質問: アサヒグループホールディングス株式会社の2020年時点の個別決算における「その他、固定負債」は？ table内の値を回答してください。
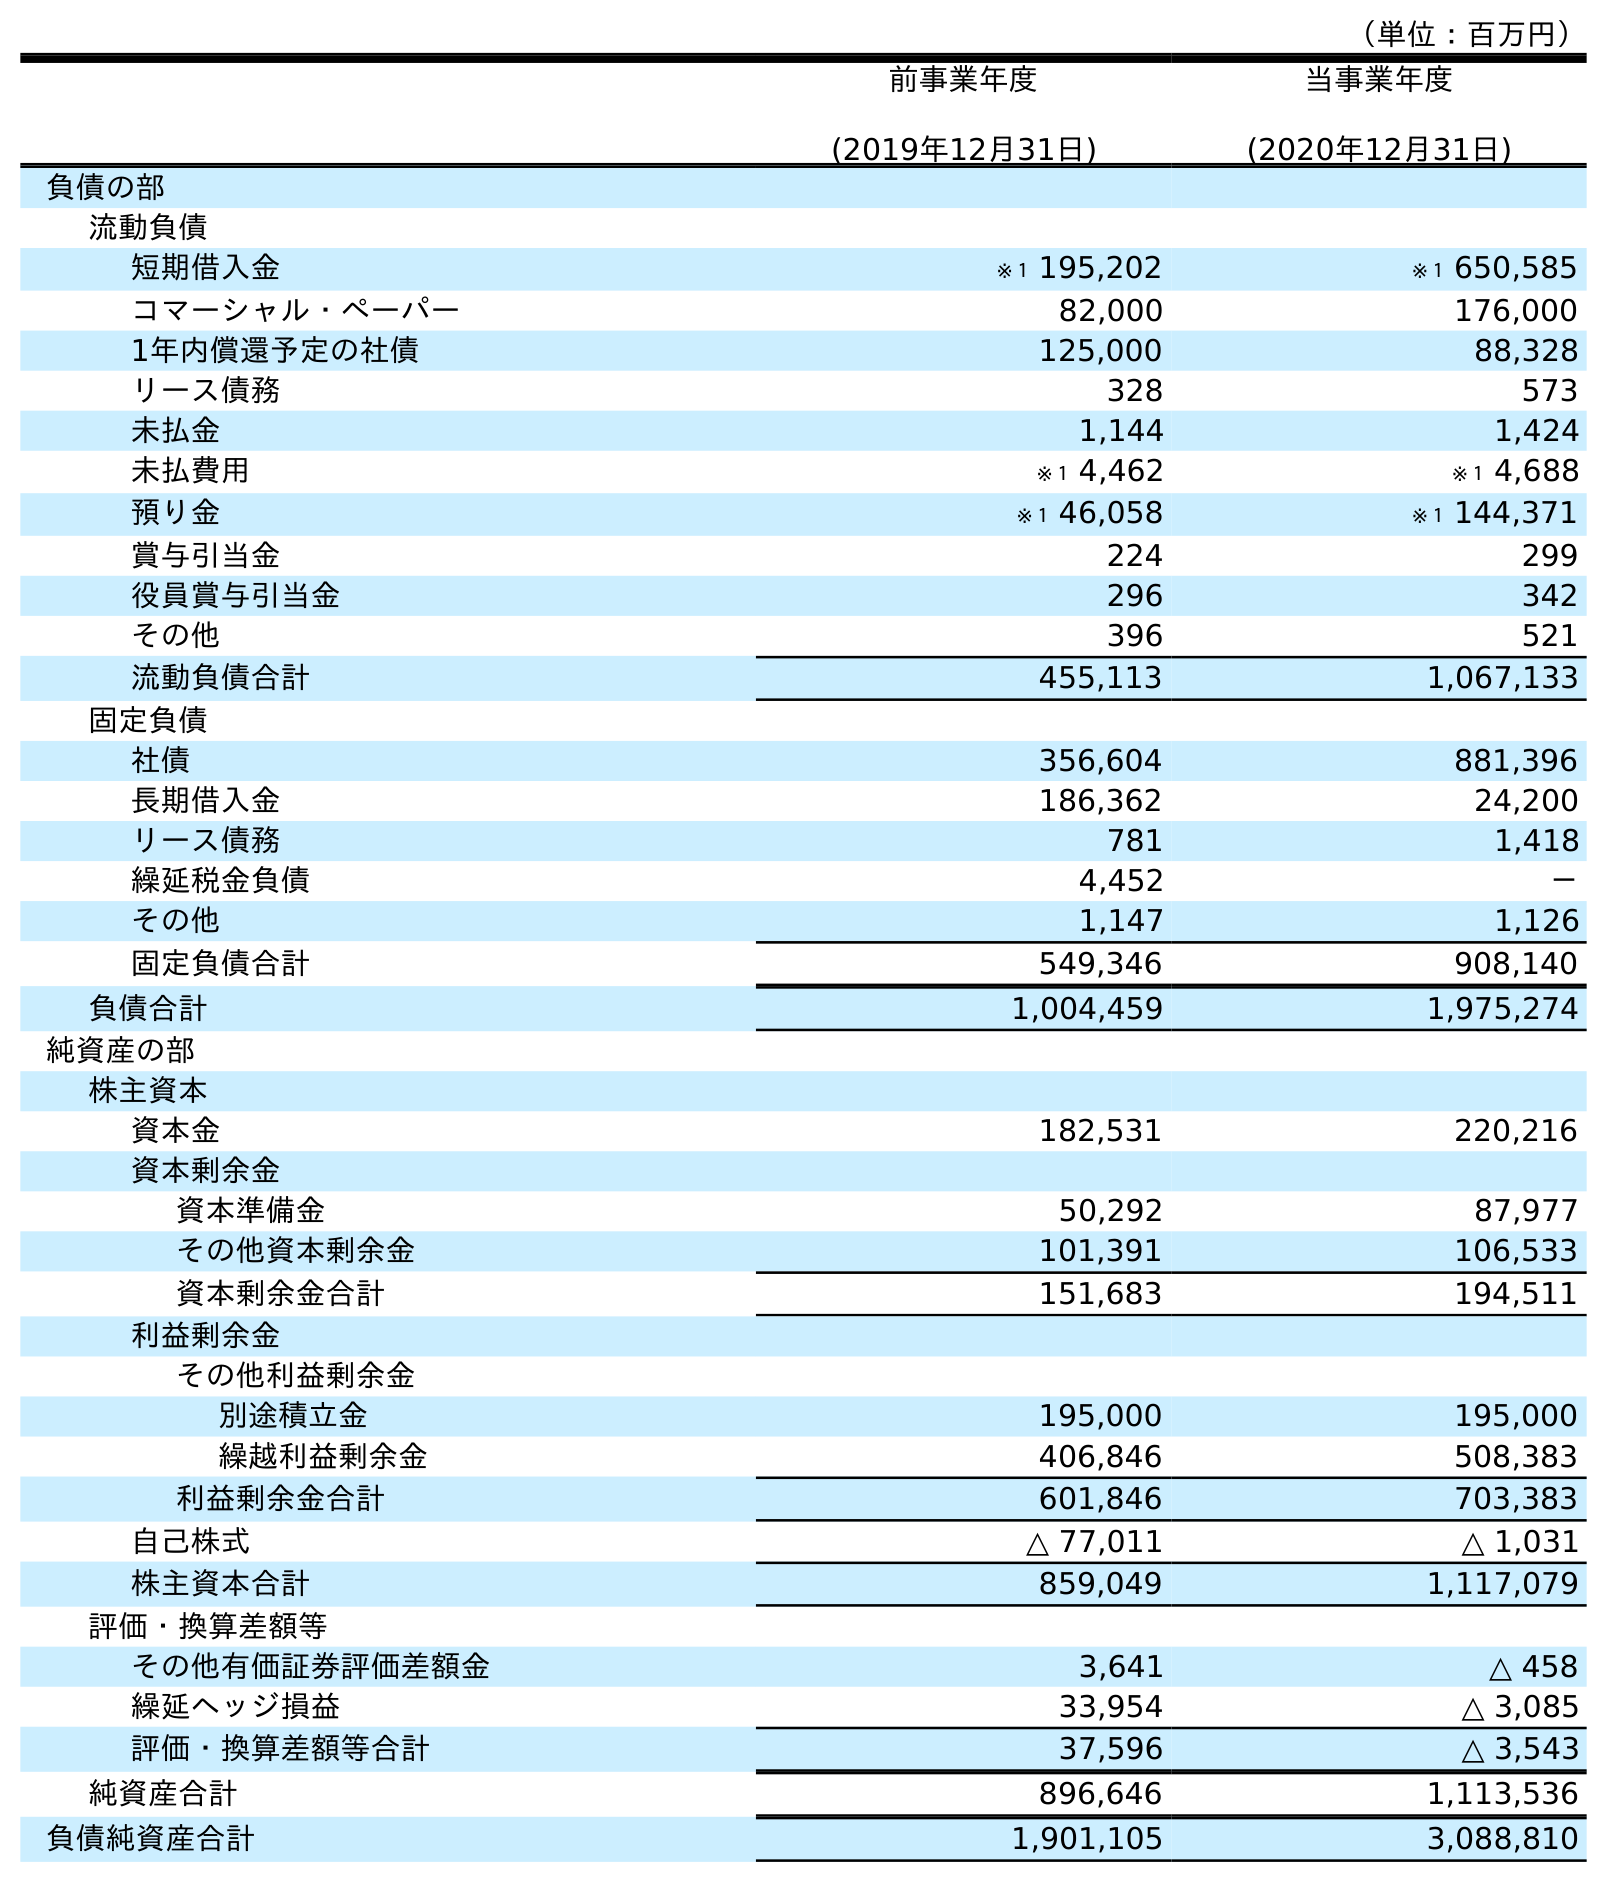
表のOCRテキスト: （単位：百万円） 前事業年度 (2019年12月31日) 当事業年度 (2020年12月31日) 負債の部 流動負債 短期借入金 ※１ 195,202 ※１ 650,585 コマーシャル・ペーパー 82,000 176,000 1年内償還予定の社債 125,000 88,328 リース債務 328 573 未払金 1,144 1,424 未払費用 ※１ 4,462 ※１ 4,688 預り金 ※１ 46,058 ※１ 144,371 賞与引当金 224 299 役員賞与引当金 296 342 その他 396 521 流動負債合計 455,113 1,067,133 固定負債 社債 356,604 881,396 長期借入金 186,362 24,200 リース債務 781 1,418 繰延税金負債 4,452 － その他 1,147 1,126 固定負債合計 549,346 908,140 負債合計 1,004,459 1,975,274 純資産の部 株主資本 資本金 182,531 220,216 資本剰余金 資本準備金 50,292 87,977 その他資本剰余金 101,391 106,533 資本剰余金合計 151,683 194,511 利益剰余金 その他利益剰余金 別途積立金 195,000 195,000 繰越利益剰余金 406,846 508,383 利益剰余金合計 601,846 703,383 自己株式 △ 77,011 △ 1,031 株主資本合計 859,049 1,117,079 評価・換算差額等 その他有価証券評価差額金 3,641 △ 458 繰延ヘッジ損益 33,954 △ 3,085 評価・換算差額等合計 37,596 △ 3,543 純資産合計 896,646 1,113,536 負債純資産合計 1,901,105 3,088,810
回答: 1,126